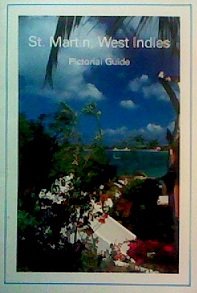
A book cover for St. Martin, West Indies, Pictorial Guide (both Dutch & French jurisdictions); Reinier Heere; Travel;